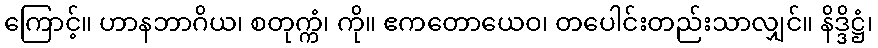
ကြောင့်။ ဟာနဘာဂိယ၊ စတုက္ကံ၊ ကို။ ဧကတောယေဝ၊ တပေါင်းတည်းသာလျှင်။ နိဒ္ဒိဋ္ဌံ၊